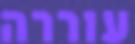
עוררה